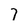
Character: 7